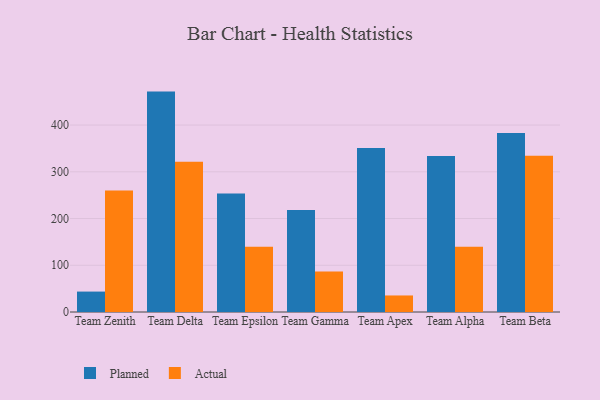
{"axis": {"x": "Team", "y": "Population (Million)"}, "legend": ["Actual", "Planned"], "data": [{"x": "Team Zenith", "y": 43.7, "type": "Planned"}, {"x": "Team Zenith", "y": 259.9, "type": "Actual"}, {"x": "Team Delta", "y": 471.6, "type": "Planned"}, {"x": "Team Delta", "y": 321.4, "type": "Actual"}, {"x": "Team Epsilon", "y": 253.4, "type": "Planned"}, {"x": "Team Epsilon", "y": 139.4, "type": "Actual"}, {"x": "Team Gamma", "y": 218.5, "type": "Planned"}, {"x": "Team Gamma", "y": 86.9, "type": "Actual"}, {"x": "Team Apex", "y": 351.1, "type": "Planned"}, {"x": "Team Apex", "y": 35.4, "type": "Actual"}, {"x": "Team Alpha", "y": 333.9, "type": "Planned"}, {"x": "Team Alpha", "y": 139.8, "type": "Actual"}, {"x": "Team Beta", "y": 382.9, "type": "Planned"}, {"x": "Team Beta", "y": 334.5, "type": "Actual"}]}